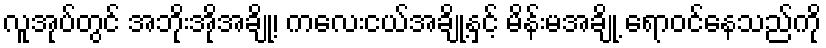
လူအုပ်တွင် အဘိုးအိုအချို့၊ ကလေးငယ်အချို့နှင့် မိန်းမအချို့ ရောဝင်နေသည်ကို